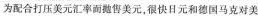
为配合打压美元汇率而挞售美元，很快日元和德国马克对美